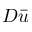
D \bar { u }